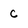
Character: c